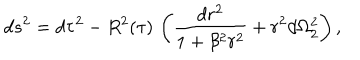
d s ^ { 2 } = d \tau ^ { 2 } - R ^ { 2 } ( \tau ) \, \left( \frac { d r ^ { 2 } } { 1 + \beta ^ { 2 } r ^ { 2 } } + r ^ { 2 } d \Omega _ { 2 } ^ { 2 } \right) ,